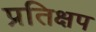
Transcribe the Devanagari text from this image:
प्रतिक्षप